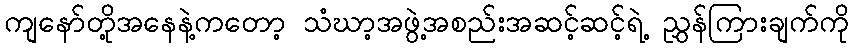
ကျနော်တို့အနေနဲ့ကတော့ သံဃာ့အဖွဲ့အစည်းအဆင့်ဆင့်ရဲ့ ညွှန်ကြားချက်ကို